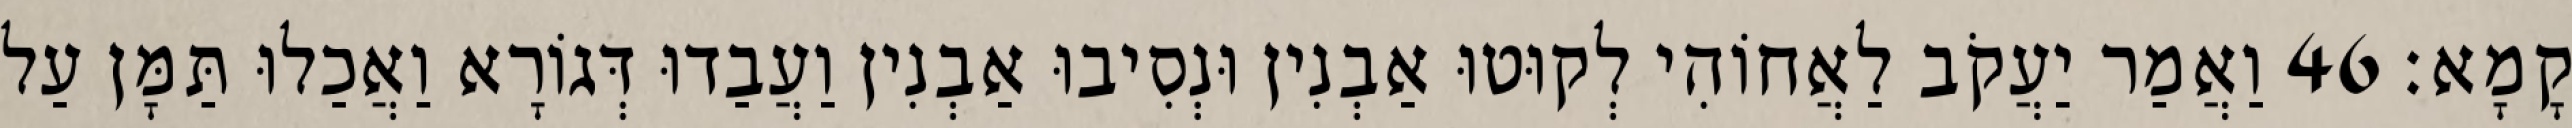
קָמָא׃ 46 וַאֲמַר יַעֲקֹב לַאֲחוֹהִי לְקוּטוּ אַבְנִין וּנְסִיבוּ אַבְנִין וַעֲבַדוּ דְּגוֹרָא וַאֲכַלוּ תַּמָּן עַל